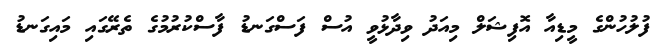
ފުލުހުންގެ މީޑިއާ އޮފިޝަލް މިއަދު ވިދާޅުވީ އުސް ފަސްގަނޑު ފާސްކުރުމުގެ ތެރޭގައި މައިގަނޑު